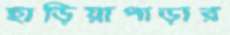
হাড়িয়াপাড়ার